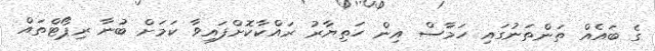
ގެ ބައެއް ތަންތަނުގައި ހަމާސް އިން ހަތިޔާރު ރައްކާކޮށްފައިވާ ކަމަށް ބުނާ ރިޕޯޓްތައް